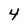
Character: 4